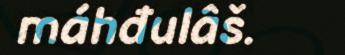
máhđulâš.